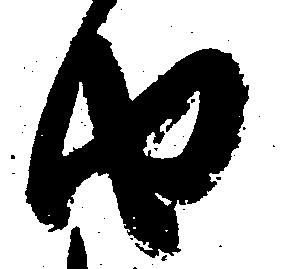
由